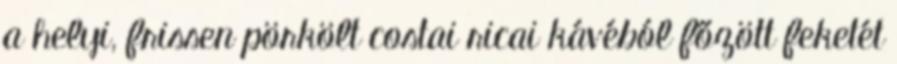
a helyi, frissen pörkölt costai ricai kávéból főzött feketét